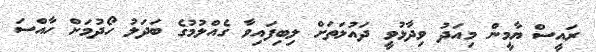
ރައީސް ޔާމީން މިއަދު ވިދާޅުވީ ދައުލަތަށް ލިބިފައިވާ ގެއްލުމުގެ ބަދަލު ހޯދުމަށް ހާއްސަ